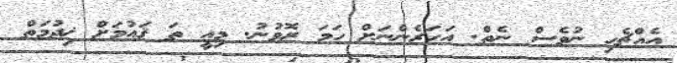
އެއްޗެހި ނުވެސް ނެތް. އަހަރެންނަށް ހަމަ ރޮވުނު. މިއީ ތަ ޤައުމަށް ޚިދުމަތް